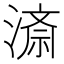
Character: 𭲍